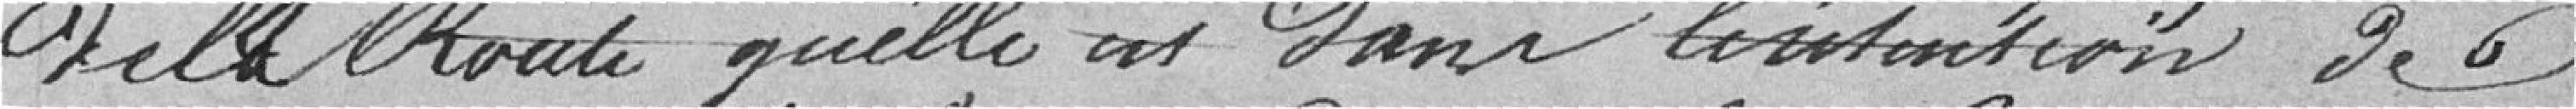
de la route qu'elle est dans de